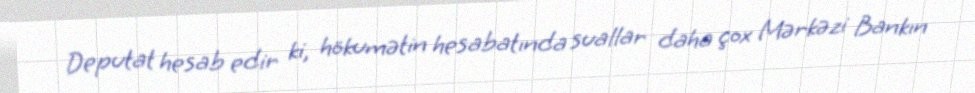
Deputat hesab edir ki, hökumətin hesabatında suallar daha çox Mərkəzi Bankın